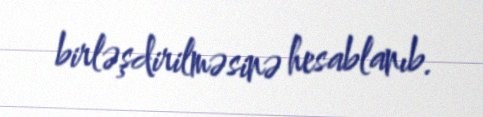
birləşdirilməsinə hesablanıb.